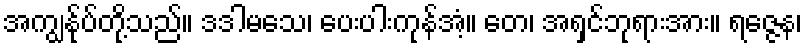
အကျွန်ုပ်တို့သည်။ ဒဒါမသေ၊ ပေးပါးကုန်အံ့။ တေ၊ အရှင်ဘုရားအား။ ရဇ္ဇေန၊